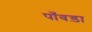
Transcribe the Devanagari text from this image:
पाँवड़ा